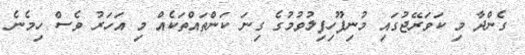
ގެންދާ މި ކަވަރޭޖުގައި މުނިފޫހިފިލުވުމުގެ ގިނަ ކަންތައްތަކެއް މި އަހަރު ވެސް ހިމެނެ